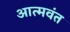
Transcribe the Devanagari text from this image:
आत्मवंत